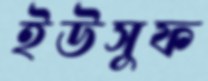
ইউসুফ